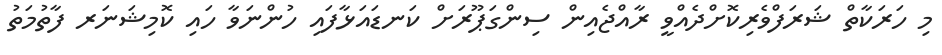
މި ހަރަކާތް ޝަރަފްވެރިކޮށްދެއްވީ ރާއްޖެއިން ސިންގަޕޫރަށް ކަނޑައަޅާފައި ހުންނަވާ ހައި ކޮމިޝަނަރ ފާތުމަތު